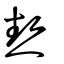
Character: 熱